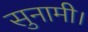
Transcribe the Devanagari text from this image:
सुनामी।